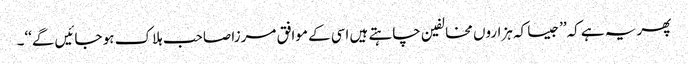
پھر یہ ہے کہ’’جیسا کہ ہزاروں مخالفین چاہتے ہیں اسی کے موافق مرزا صاحب ہلاک ہو جائیں گے‘‘۔